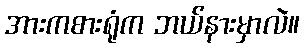
အားကစားရုံက ဘယ်နားမှာလဲ။